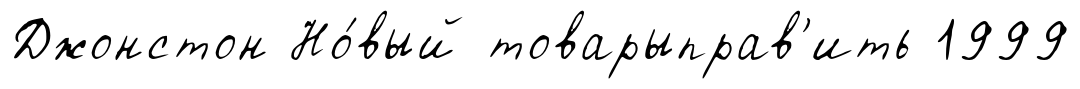
Джонстон Но́вый товарыправ'ить 1999